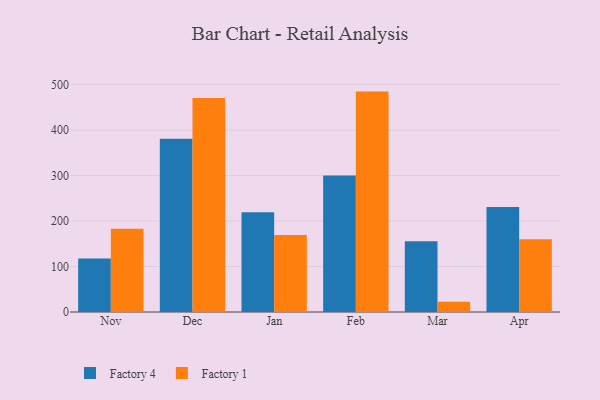
{"axis": {"x": "Month", "y": "Inventory Turnover"}, "legend": ["Factory 1", "Factory 4"], "data": [{"x": "Nov", "y": 117.6, "type": "Factory 4"}, {"x": "Nov", "y": 183.1, "type": "Factory 1"}, {"x": "Dec", "y": 380.8, "type": "Factory 4"}, {"x": "Dec", "y": 470.8, "type": "Factory 1"}, {"x": "Jan", "y": 219.6, "type": "Factory 4"}, {"x": "Jan", "y": 169.2, "type": "Factory 1"}, {"x": "Feb", "y": 300.3, "type": "Factory 4"}, {"x": "Feb", "y": 484.7, "type": "Factory 1"}, {"x": "Mar", "y": 155.4, "type": "Factory 4"}, {"x": "Mar", "y": 22.4, "type": "Factory 1"}, {"x": "Apr", "y": 230.7, "type": "Factory 4"}, {"x": "Apr", "y": 159.9, "type": "Factory 1"}]}